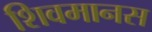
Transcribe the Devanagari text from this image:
शिवमानस